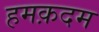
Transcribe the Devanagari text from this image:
हमक़दम